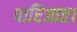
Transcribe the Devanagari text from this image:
पारिजात।